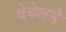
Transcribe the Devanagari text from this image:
देबेलने